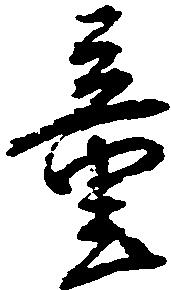
童